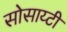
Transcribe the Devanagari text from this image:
सोसाय्टी